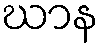
ဃာန